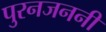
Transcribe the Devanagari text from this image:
पुरनजननी